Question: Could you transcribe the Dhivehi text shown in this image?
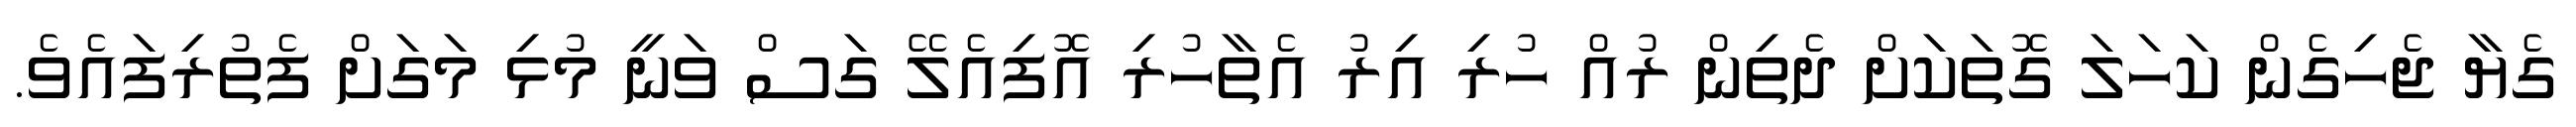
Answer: ގެޔާ ޖެހިގެން ކަހަލަ ގޮތަކަށް ދެތިން ރުއް ހުރި އިރު އެތާހުރި އޮފިއެލޭ ގަސް ވަނީ މުޅި މަގަށް ފެތުރިފައެވެ.